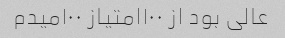
عالی بود از ۱۰۰امتیاز ۱۰۰میدم